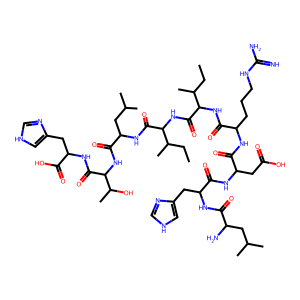
SMILES: CCC(C)C(NC(=O)C(CCCNC(=N)N)NC(=O)C(CC(=O)O)NC(=O)C(Cc1c[nH]cn1)NC(=O)C(N)CC(C)C)C(=O)NC(C(=O)NC(CC(C)C)C(=O)NC(C(=O)NC(Cc1c[nH]cn1)C(=O)O)C(C)O)C(C)CC
Inhibits HIV replication: No